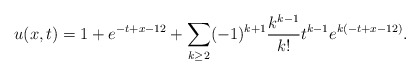
\begin{align*} u(x,t)=1+e^{-t+x-12}+\sum\limits_{k\geq 2}(-1)^{k+1}\frac{k^{k-1}}{k!} t^{k-1}e^{k(-t+x-12)}.\end{align*}